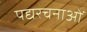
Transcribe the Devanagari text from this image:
पद्यरचनाओं